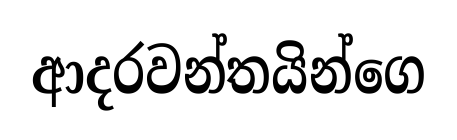
ආදරවන්තයින්ගෙ